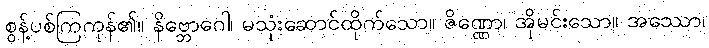
စွန့်ပစ်ကြကုန်၏။ နိဗ္ဘောဂေါ၊ မသုံးဆောင်ထိုက်သော။ ဇိဏ္ဏော၊ အိုမင်းသော။ အဿော၊